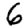
Digit: 6